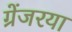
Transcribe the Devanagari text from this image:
ग्रेंजरया